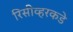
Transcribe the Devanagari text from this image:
रिसीव्हरकडे